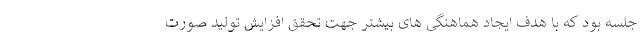
جلسه بود که با هدف ایجاد هماهنگی های بیشتر جهت تحقق افزایش تولید صورت